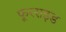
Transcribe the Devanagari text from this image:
फूरराइड